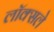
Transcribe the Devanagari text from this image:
लॉक्सले